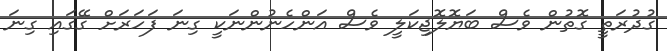
ގުދުރަތީ ގޮތުން ވެސް ބަޔޮލޮޖިކަލީ ވެސް އަންހެނުންނަކީ ގިނަ ފަހަރަށް ގޭގައި ގިނަ